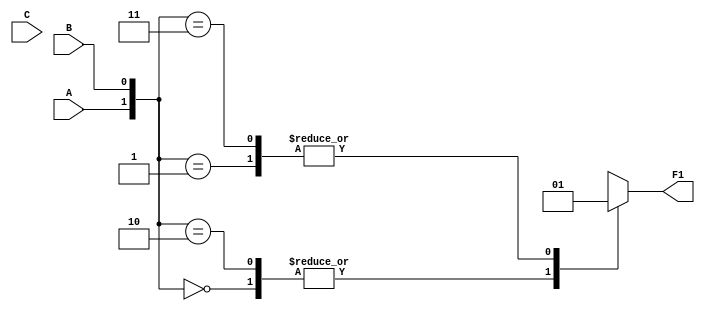
`timescale 1ns / 1ps
//////////////////////////////////////////////////////////////////////////////////
// Company: 
// Engineer: 
// 
// Design Name: 
// Module Name: circuit1
// Project Name: 
// Target Devices: 
// Tool Versions: 
// Description: 
// 
// Dependencies: 
// 
// Revision:
// Revision 0.01 - File Created
// Additional Comments:
// 
//////////////////////////////////////////////////////////////////////////////////


module circuit1(
    input A,
    input B,
    input C,
    output reg F1
    );
    always@(A, B) begin
        case({A, B})
            3'b000: F1 = 1'b0;
            3'b001: F1 = 1'b1;
            3'b010: F1 = 1'b0;
            3'b011: F1 = 1'b1;
            3'b100: F1 = 1'b1;
            3'b101: F1 = 1'b0;
            3'b110: F1 = 1'b1;
            3'b111: F1 = 1'b1;
        endcase
        end
endmodule